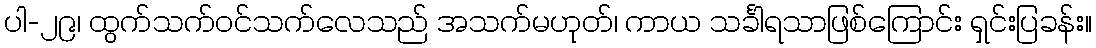
ပါ-၂၉၊ ထွက်သက်ဝင်သက်လေသည် အသက်မဟုတ်၊ ကာယ သင်္ခါရသာဖြစ်ကြောင်း ရှင်းပြခန်း။